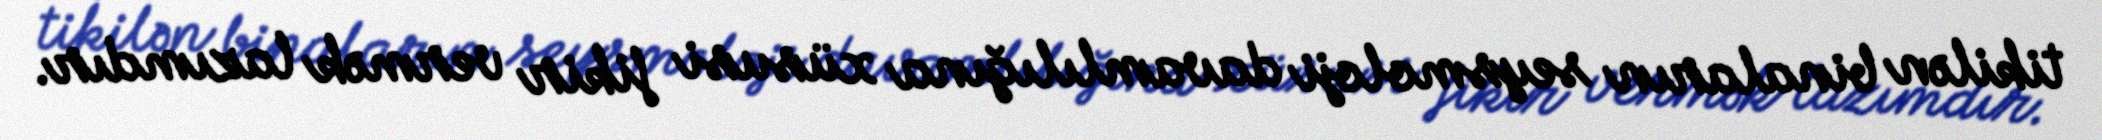
tikilən binaların seysmoloji davamlılığına xüsusi fikir vermək lazımdır.